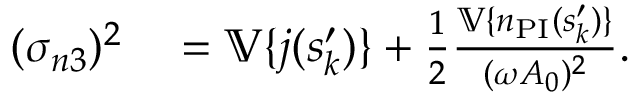
\begin{array} { r l } { ( \sigma _ { n 3 } ) ^ { 2 } } & { { } = \mathbb { V } \{ j ( s _ { k } ^ { \prime } ) \} + \frac { 1 } { 2 } \frac { \mathbb { V } \{ n _ { \mathrm { P I } } ( s _ { k } ^ { \prime } ) \} } { ( \omega A _ { 0 } ) ^ { 2 } } . } \end{array}